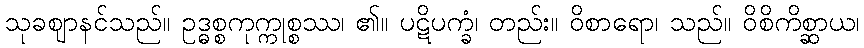
သုခဈာနင်သည်။ ဥဒ္ဓစ္စကုက္ကုစ္စဿ၊ ၏။ ပဋိပက္ခံ၊ တည်း။ ဝိစာရော၊ သည်။ ဝိစိကိစ္ဆာယ၊